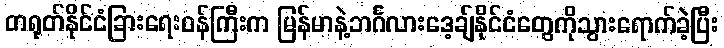
တရုတ်နိုင်ငံခြားရေးဝန်ကြီးက မြန်မာနဲ့ဘင်္ဂလားဒေ့ချ်နိုင်ငံတွေကိုသွားရောက်ခဲ့ပြီး